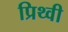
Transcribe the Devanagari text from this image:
प्रिथ्वी